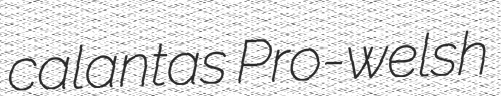
calantas Pro-welsh